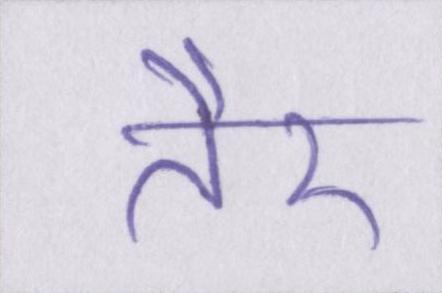
तैर